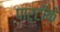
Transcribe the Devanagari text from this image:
पार्टीके